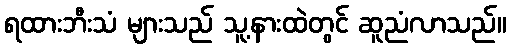
ရထားဘီးသံ များသည် သူ့နားထဲတွင် ဆူညံလာသည်။